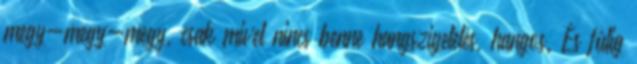
megy-megy-megy, csak mivel nincs benne hangszigetelés, hangos. És fülig